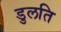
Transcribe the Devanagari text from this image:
डुलति